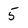
Character: 5